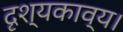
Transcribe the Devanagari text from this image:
दृश्यकाव्य।